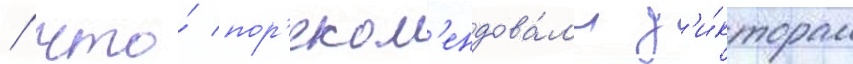
/ что́ пор'еком'ендова́л'и д'и́кторам